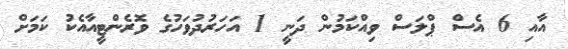
އާއި 6 އެސް ޕްލަސް ވިއްކަމުން ދަނީ 1 އަހަރުދުވަހުގެ ވޮރެންޓީއާއެކު ކަމަށް